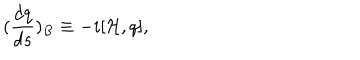
( \frac { d q } { d s } ) _ { B } \equiv - i [ { \cal H } , q ] ,